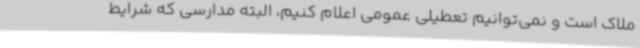
ملاک است و نمی‌توانیم تعطیلی عمومی اعلام کنیم، البته مدارسی که شرایط